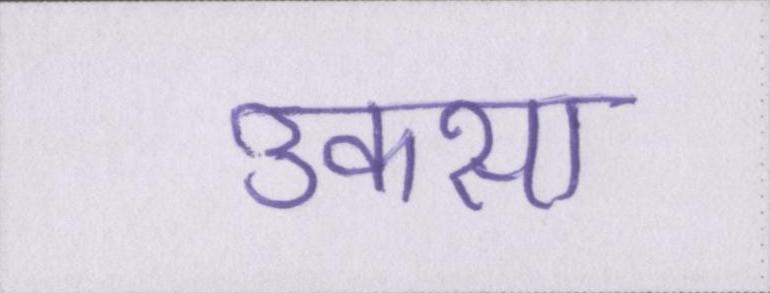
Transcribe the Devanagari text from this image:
उकसा